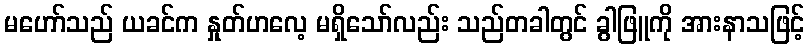
မဟော်သည် ယခင်က နှုတ်ဟလေ့ မရှိသော်လည်း သည်တခါတွင် ခွါဖြူကို အားနာသဖြင့်